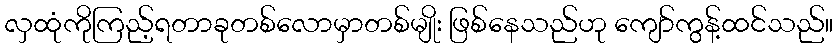
လှထုံကိုကြည့်ရတာခုတစ်လောမှာတစ်မျိုး ဖြစ်နေသည်ဟု ကျော်ကွန့်ထင်သည်။